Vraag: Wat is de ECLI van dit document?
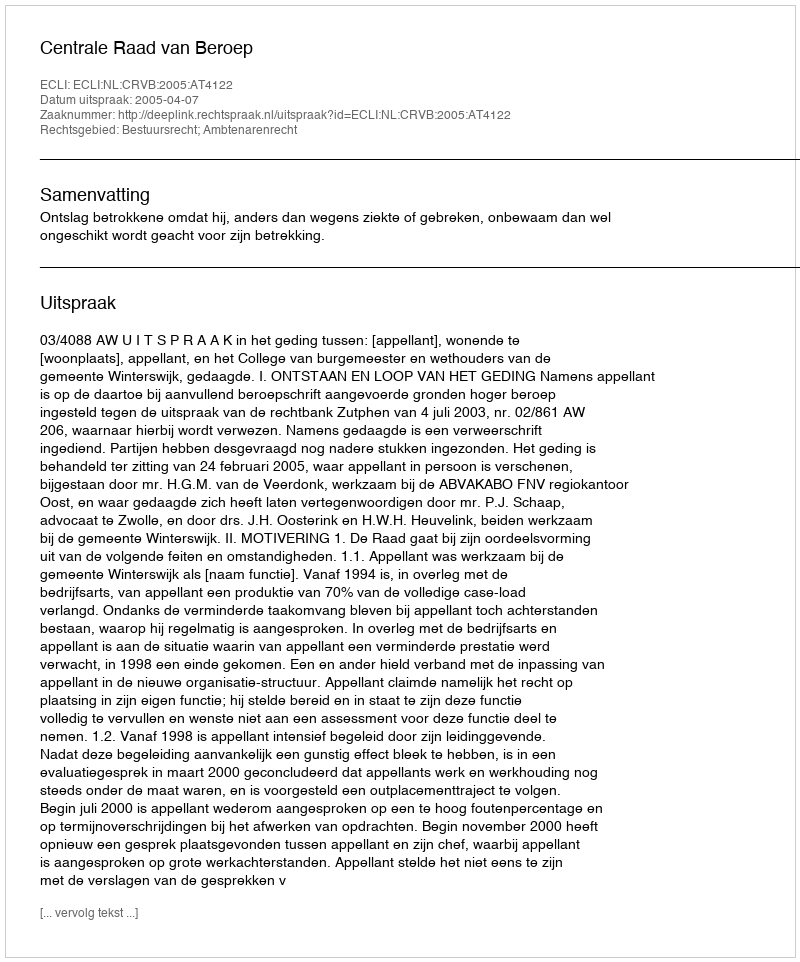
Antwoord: ECLI:NL:CRVB:2005:AT4122